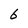
Character: 6